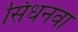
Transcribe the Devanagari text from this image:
सिधनवा